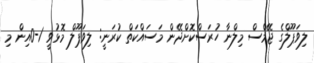
ލިވަޕޫލްގެ ޖޭމްސް މިލްނާ ހުރަސްކޮށްދޭން މަސައްކަތް ކުރަނީ: ލިވަޕޫލް މޮޅުވީ 1-0އިން މި